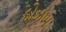
દોઝખ